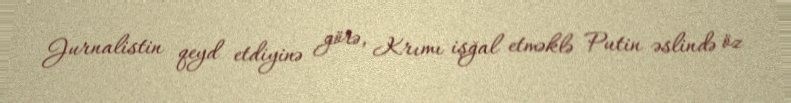
Jurnalistin qeyd etdiyinə görə, Krımı işğal etməklə Putin əslində öz